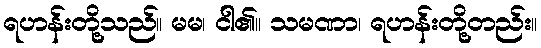
ရဟန်းတို့သည်။ မမ၊ ငါ၏။ သမဏာ၊ ရဟန်းတို့တည်း။